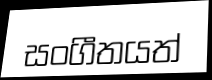
සංගීතයත්